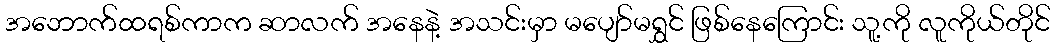
အဘောက်ထရစ်ကာက ဆာလက် အနေနဲ့ အသင်းမှာ မပျော်မရွှင် ဖြစ်နေကြောင်း သူ့ကို လူကိုယ်တိုင်